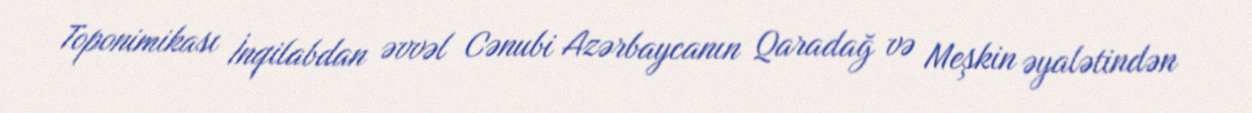
Toponimikası İnqilabdan əvvəl Cənubi Azərbaycanın Qaradağ və Meşkin əyalətindən